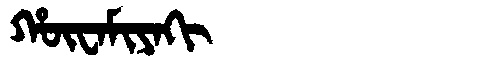
Manchu: ᡥᡡᠸᠠᠮᡳᠶᠠᡴᡳ
Romanization: HŪWAMIYAKI